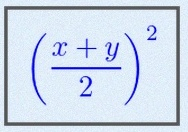
\left(\frac{x+y}{2}\right)^2